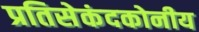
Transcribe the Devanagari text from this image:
प्रतिसेकंदकोनीय